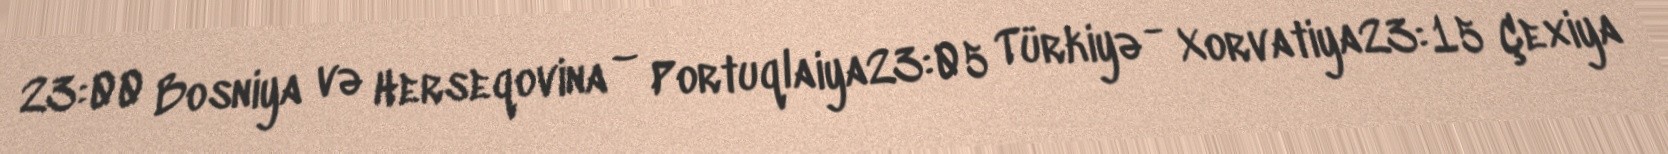
23:00 Bosniya və Herseqovina – Portuqlaiya23:05 Türkiyə - Xorvatiya23:15 Çexiya